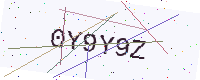
Text: 0Y9Y9Z